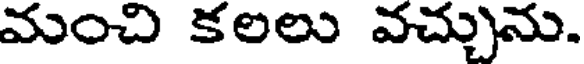
మంచి కలలు వచ్చును.